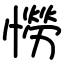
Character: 憦